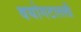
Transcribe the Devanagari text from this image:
वयोगटातली